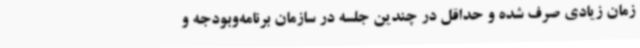
زمان زیادی صرف شده و حداقل در چندین جلسه در سازمان برنامه‌وبودجه و